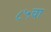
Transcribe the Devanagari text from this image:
८५वा